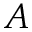
A